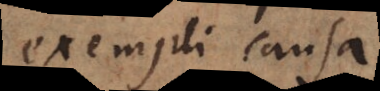
exempli causa